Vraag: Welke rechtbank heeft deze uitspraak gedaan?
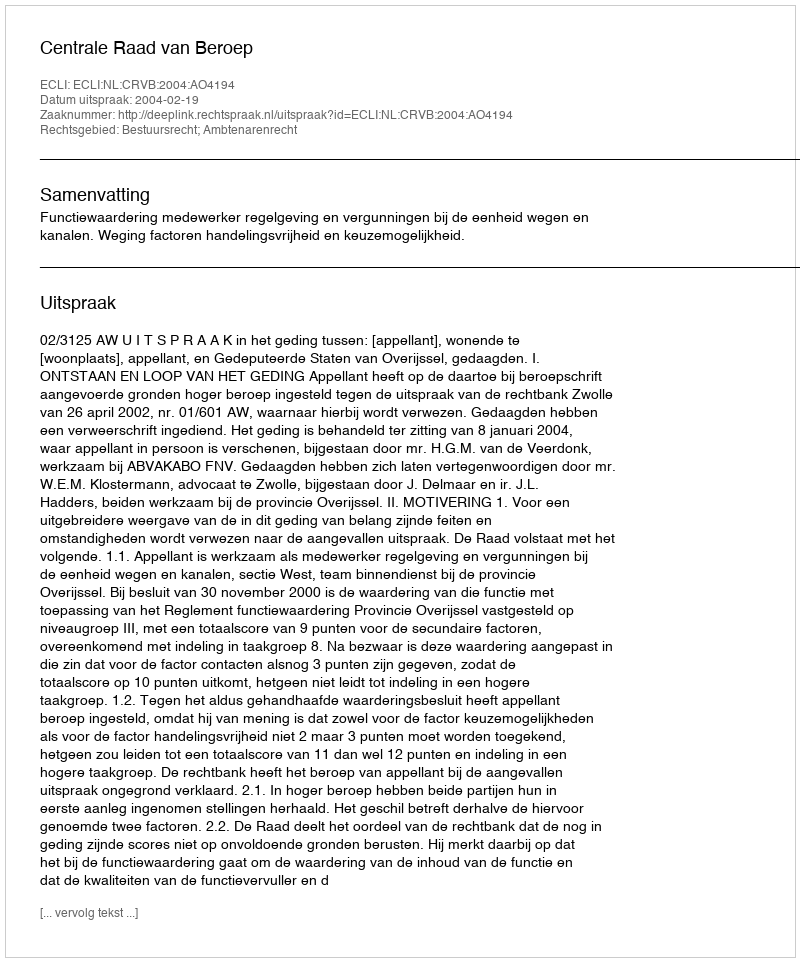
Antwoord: Centrale Raad van Beroep